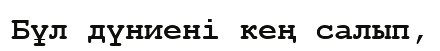
Бұл дүниені кең салып,